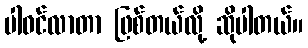
ပါဝင်လာတာ ဖြစ်တယ်လို့ ဆိုပါတယ်။